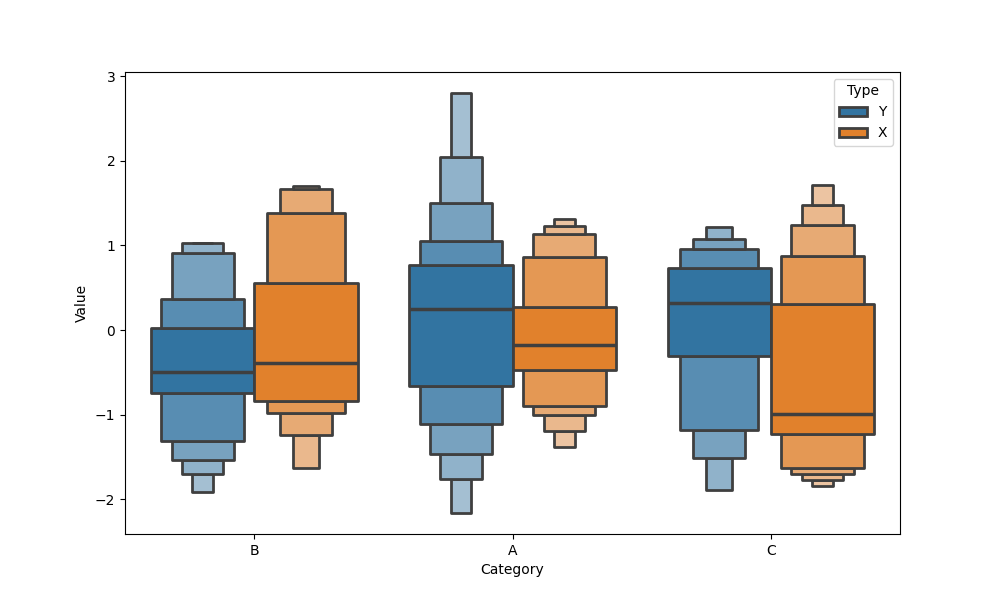
python, seaborn, boxenplot, k_depth='full', linewidth=2, scale='linear', outlier_prop=0.1, showfliers=False